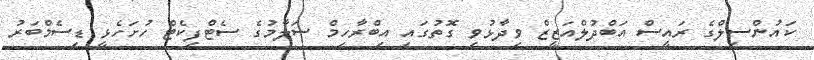
ކައުންސިލްގެ ރައީސް އަބްދުލްއަޒީޒް ވިދާޅުވި ގޮތުގައި އިބްރާހިމް ސަލާމުގެ ސެޓްފިކެޓް ހުށަހެޅީ ޑިސެމްބަރު